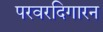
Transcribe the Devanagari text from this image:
परवरदिगारन